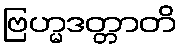
ဗြဟ္မဒတ္တာတိ